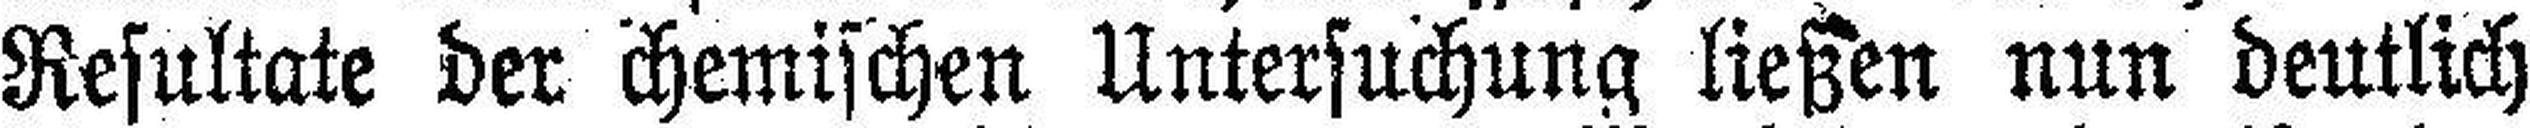
Resultate der chemischen Untersuchung ließen nun deutlich